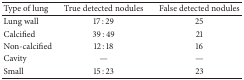
<table><thead><tr><td><b> Type of lung </b></td><td><b> True detected nodules </b></td><td><b> False detected nodules </b></td></tr></thead><tbody><tr><td> Lung wall </td><td> 17 : 29 </td><td> 25 </td></tr><tr><td> Calcified </td><td> 39 : 49 </td><td> 21 </td></tr><tr><td> Non-calcified </td><td> 12 : 18 </td><td> 16 </td></tr><tr><td> Cavity </td><td> — </td><td> —</td></tr><tr><td> Small</td><td> 15 : 23 </td><td> 23 </td></tr></tbody></table>